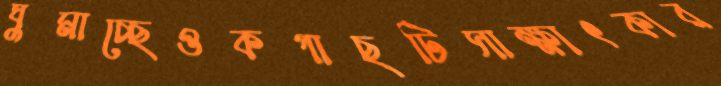
ঘুমাচ্ছেওকগাছটিসাক্ষাৎকার